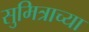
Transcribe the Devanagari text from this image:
सुमित्राच्या